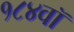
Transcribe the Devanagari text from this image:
१८४वॉ